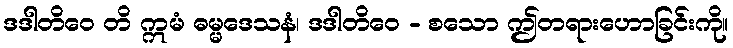
ဒဒါတိဝေ တိ ဣမံ ဓမ္မဒေသနံ၊ ဒဒါတိဝေ - စသော ဤတရားဟောခြင်းကို။